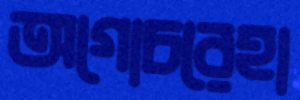
অগোচরেহা